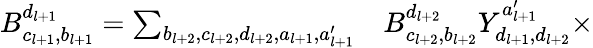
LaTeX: \begin{array}{rl}{B_{c_{l+1},b_{l+1}}^{d_{l+1}}=\sum_{b_{l+2},c_{l+2},d_{l+2},a_{l+1},a_{l+1}^{\prime}}}&{{}B_{c_{l+2},b_{l+2}}^{d_{l+2}}Y_{d_{l+1},d_{l+2}}^{a_{l+1}^{\prime}}\times}\end{array}